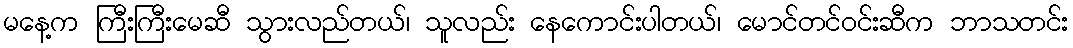
မနေ့က ကြီးကြီးမေဆီ သွားလည်တယ်၊ သူလည်း နေကောင်းပါတယ်၊ မောင်တင်ဝင်းဆီက ဘာသတင်း